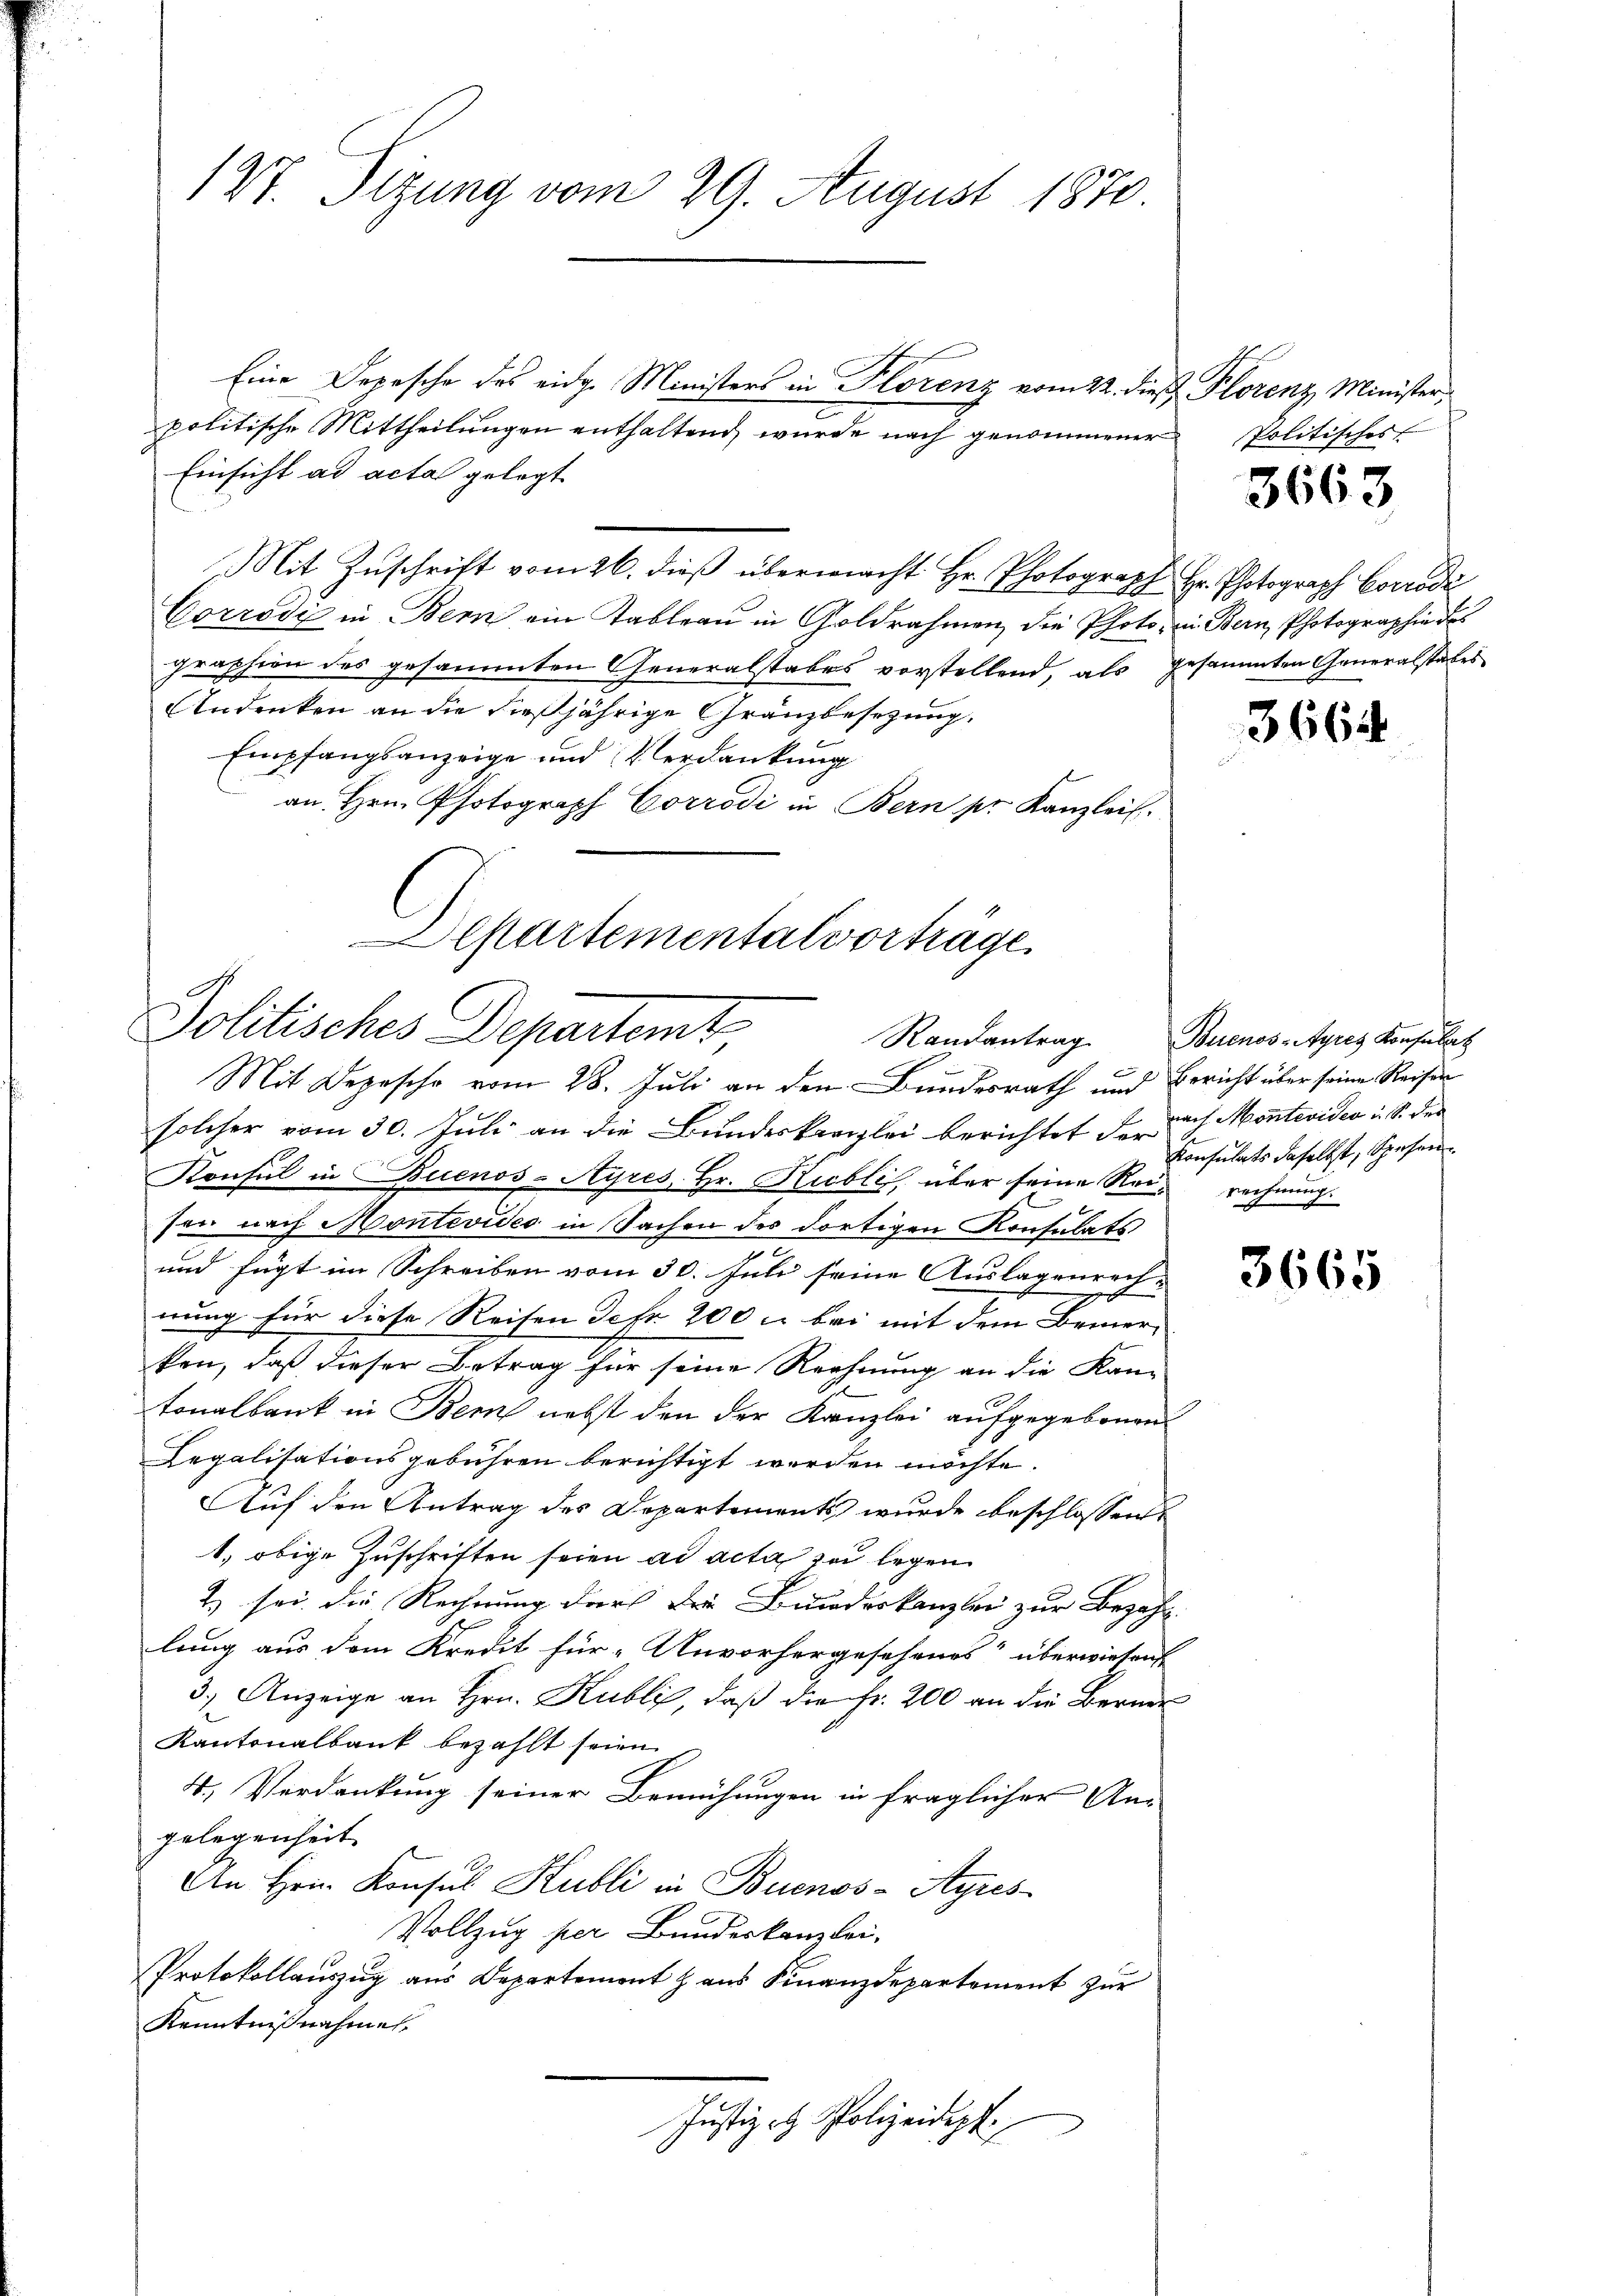
127. Jezung vom 29. August 1870.

politische Mittheilungen enthaltend, wurde nach genommener
Einsicht ad acta gelegt
Mit Zŭschrift vom 26. dieβ übermacht Hr. Photograph Hr. Photograph Corrodi
Corrodi in Bern ein Tableau in Goldrahmen, die Photo, u. Bern Photographie des
graphien des gesammten Generalstabes vorstellend, als gesammten Generalstabes
Andenken an die dießjährige Gränzbesezung.
Empfangsanzeige und Verdankung
an. Hrn. Photograph Corrodi in Bern pr. Kanzleis

solcher vom 30. Juli an die Bundeskanzlei berichtet der nach Montevideo i. S. der
Konsul in Buenos-Ayres Hr. Kubli, über seine Rei- rechnung.
sen nach Montevideo in Sachen des dortigen Konsulats
e
und fügt im Schreiben vom 30. Juli seine Auslagenrech-
e
nung für diese Reisen Fehr 200 u. bei mit dem Bemer-
ken, daß dieser Betrag für seine Rechnung an die Kan-
tonalbank in Bern nebst den der Kanzlei aufgegebenen
Legalisationsgebühren berichtigt werden möchte.
Auf den Antrag des Departements wurde beschlossen:
1. obige Zuschriften seien ad acta zu legen
2) sei die Rechnung der Die Bundeskanzlei zur Bezahl-
lung aus dem Kredit für Unvorhergesehenes“ überwiesens
3.) Anzeige an Hrn. Kubli, daß die Fr. 200 an die Berner
Kantonalbank bezahlt seien.
4., Verdankung seiner Bemühungen in fraglicher Angelegenheit
An Hein Konsul Hubli in Buenos-Ayres-
Vollzug per Bundeskanzlei-
Protokollauszug aus Departement z. aus Finanzdepartement zur
Kenntnißnahmen.
Justiz et Polizeidept

Eine Depesche des eidg. Ministers in Florenz vom 22. dieß Plorenz Minister,

lsartemental vorträge
Politisches Departemt
Randantrag
Mit Depesche vom 28. Juli an den Bundesrath und Bericht über seine Reisen

Politisches

3663

3664

Buenos-Ayres Konsulat
Konsulats daselbst, Spesen.

3665